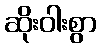
ဆိုးဝါးစွာ